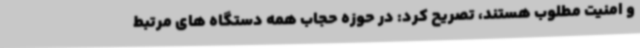
و امنیت مطلوب هستند، تصریح کرد: در حوزه حجاب همه دستگاه های مرتبط